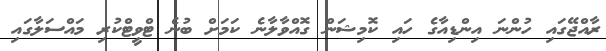
ރާއްޖޭގައި ހުންނަ އިންޑިއާގެ ހައި ކޮމިޝަން ގޮއްވާލާނެ ކަމަށް ބުނެ ޓްވީޓްކުރި މައްސަލާގައި